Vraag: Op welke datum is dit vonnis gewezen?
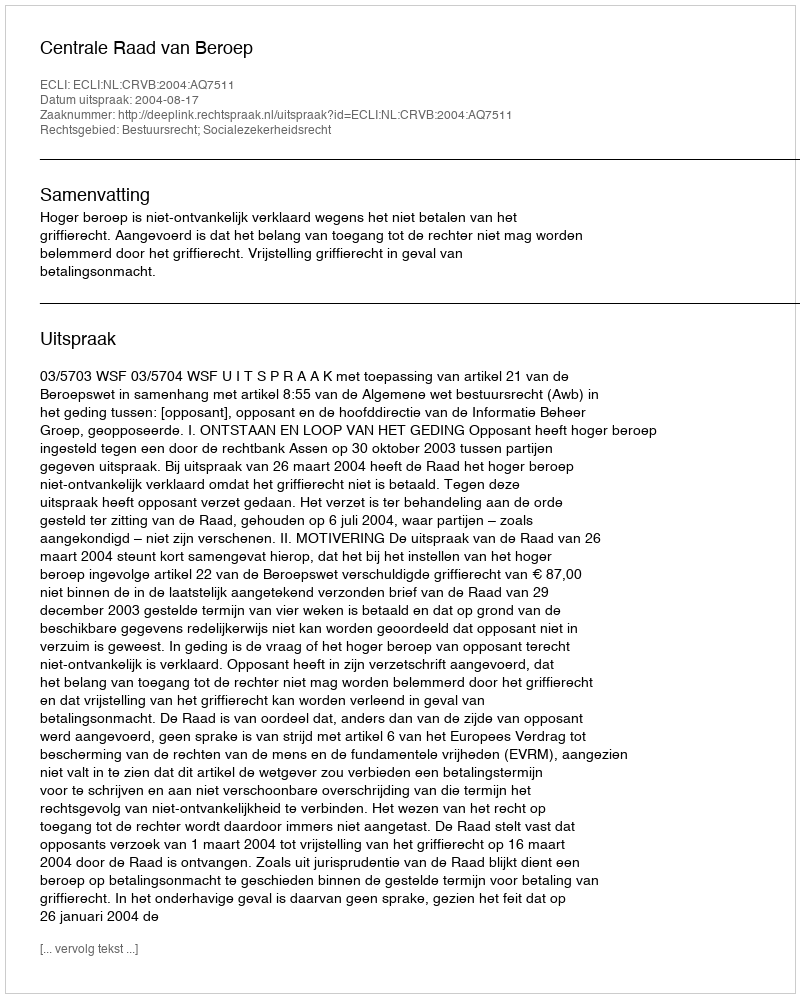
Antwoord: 2004-08-17